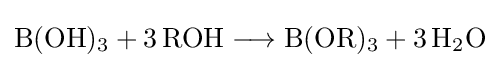
{\mathrm {B} (\mathrm {OH} ){\vphantom {A}}_{\smash[{t}]{3}}{}+{}3\,\mathrm {ROH} {}\mathrel {\longrightarrow } {}\mathrm {B} (\mathrm {OR} ){\vphantom {A}}_{\smash[{t}]{3}}{}+{}3\,\mathrm {H} {\vphantom {A}}_{\smash[{t}]{2}}\mathrm {O} }